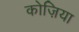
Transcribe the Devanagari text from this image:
कोज़िया